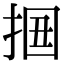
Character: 𢬻